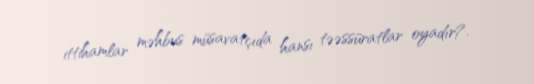
ittihamlar məhbus müsavatçıda hansı təəssüratlar oyadır?.